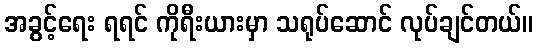
အခွင့်ရေး ရရင် ကိုရီးယားမှာ သရုပ်ဆောင် လုပ်ချင်တယ်။